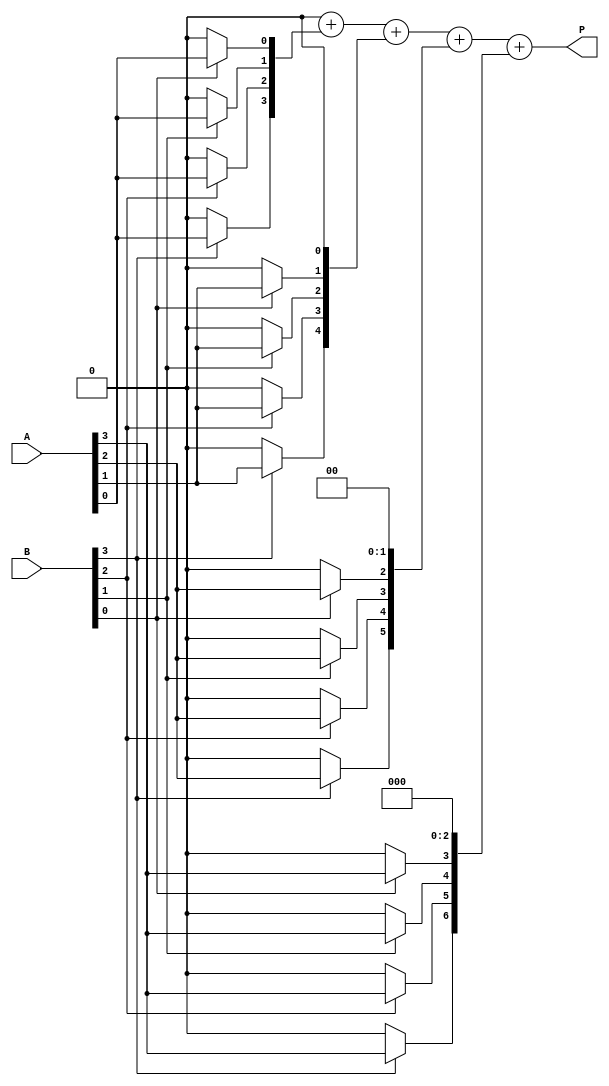
module vedic_multiplier #(
    parameter N = 4  // Bit-width of the multiplier
) (
    input [N-1:0] A,  // First n-bit input
    input [N-1:0] B,  // Second n-bit input
    output reg [2*N-1:0] P  // Product output (2n-bit)
);

    reg [N-1:0] partial_products[N-1:0];  // Array to hold partial products
    integer i, j;

    // Generate partial products
    always @(*) begin
        // Initialize product to 0
        P = 0;
        
        // Generate partial products
        for (i = 0; i < N; i = i + 1) begin
            for (j = 0; j < N; j = j + 1) begin
                // Compute partial product for bit A[i] and B[j]
                if (B[j]) begin
                    partial_products[i][j] = A[i];
                end else begin
                    partial_products[i][j] = 0;
                end
            end
            
            // Shift the partial product according to the bit position
            P = P + (partial_products[i] << i);
        end
    end
endmodule